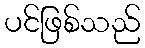
ပင်ဖြစ်သည်